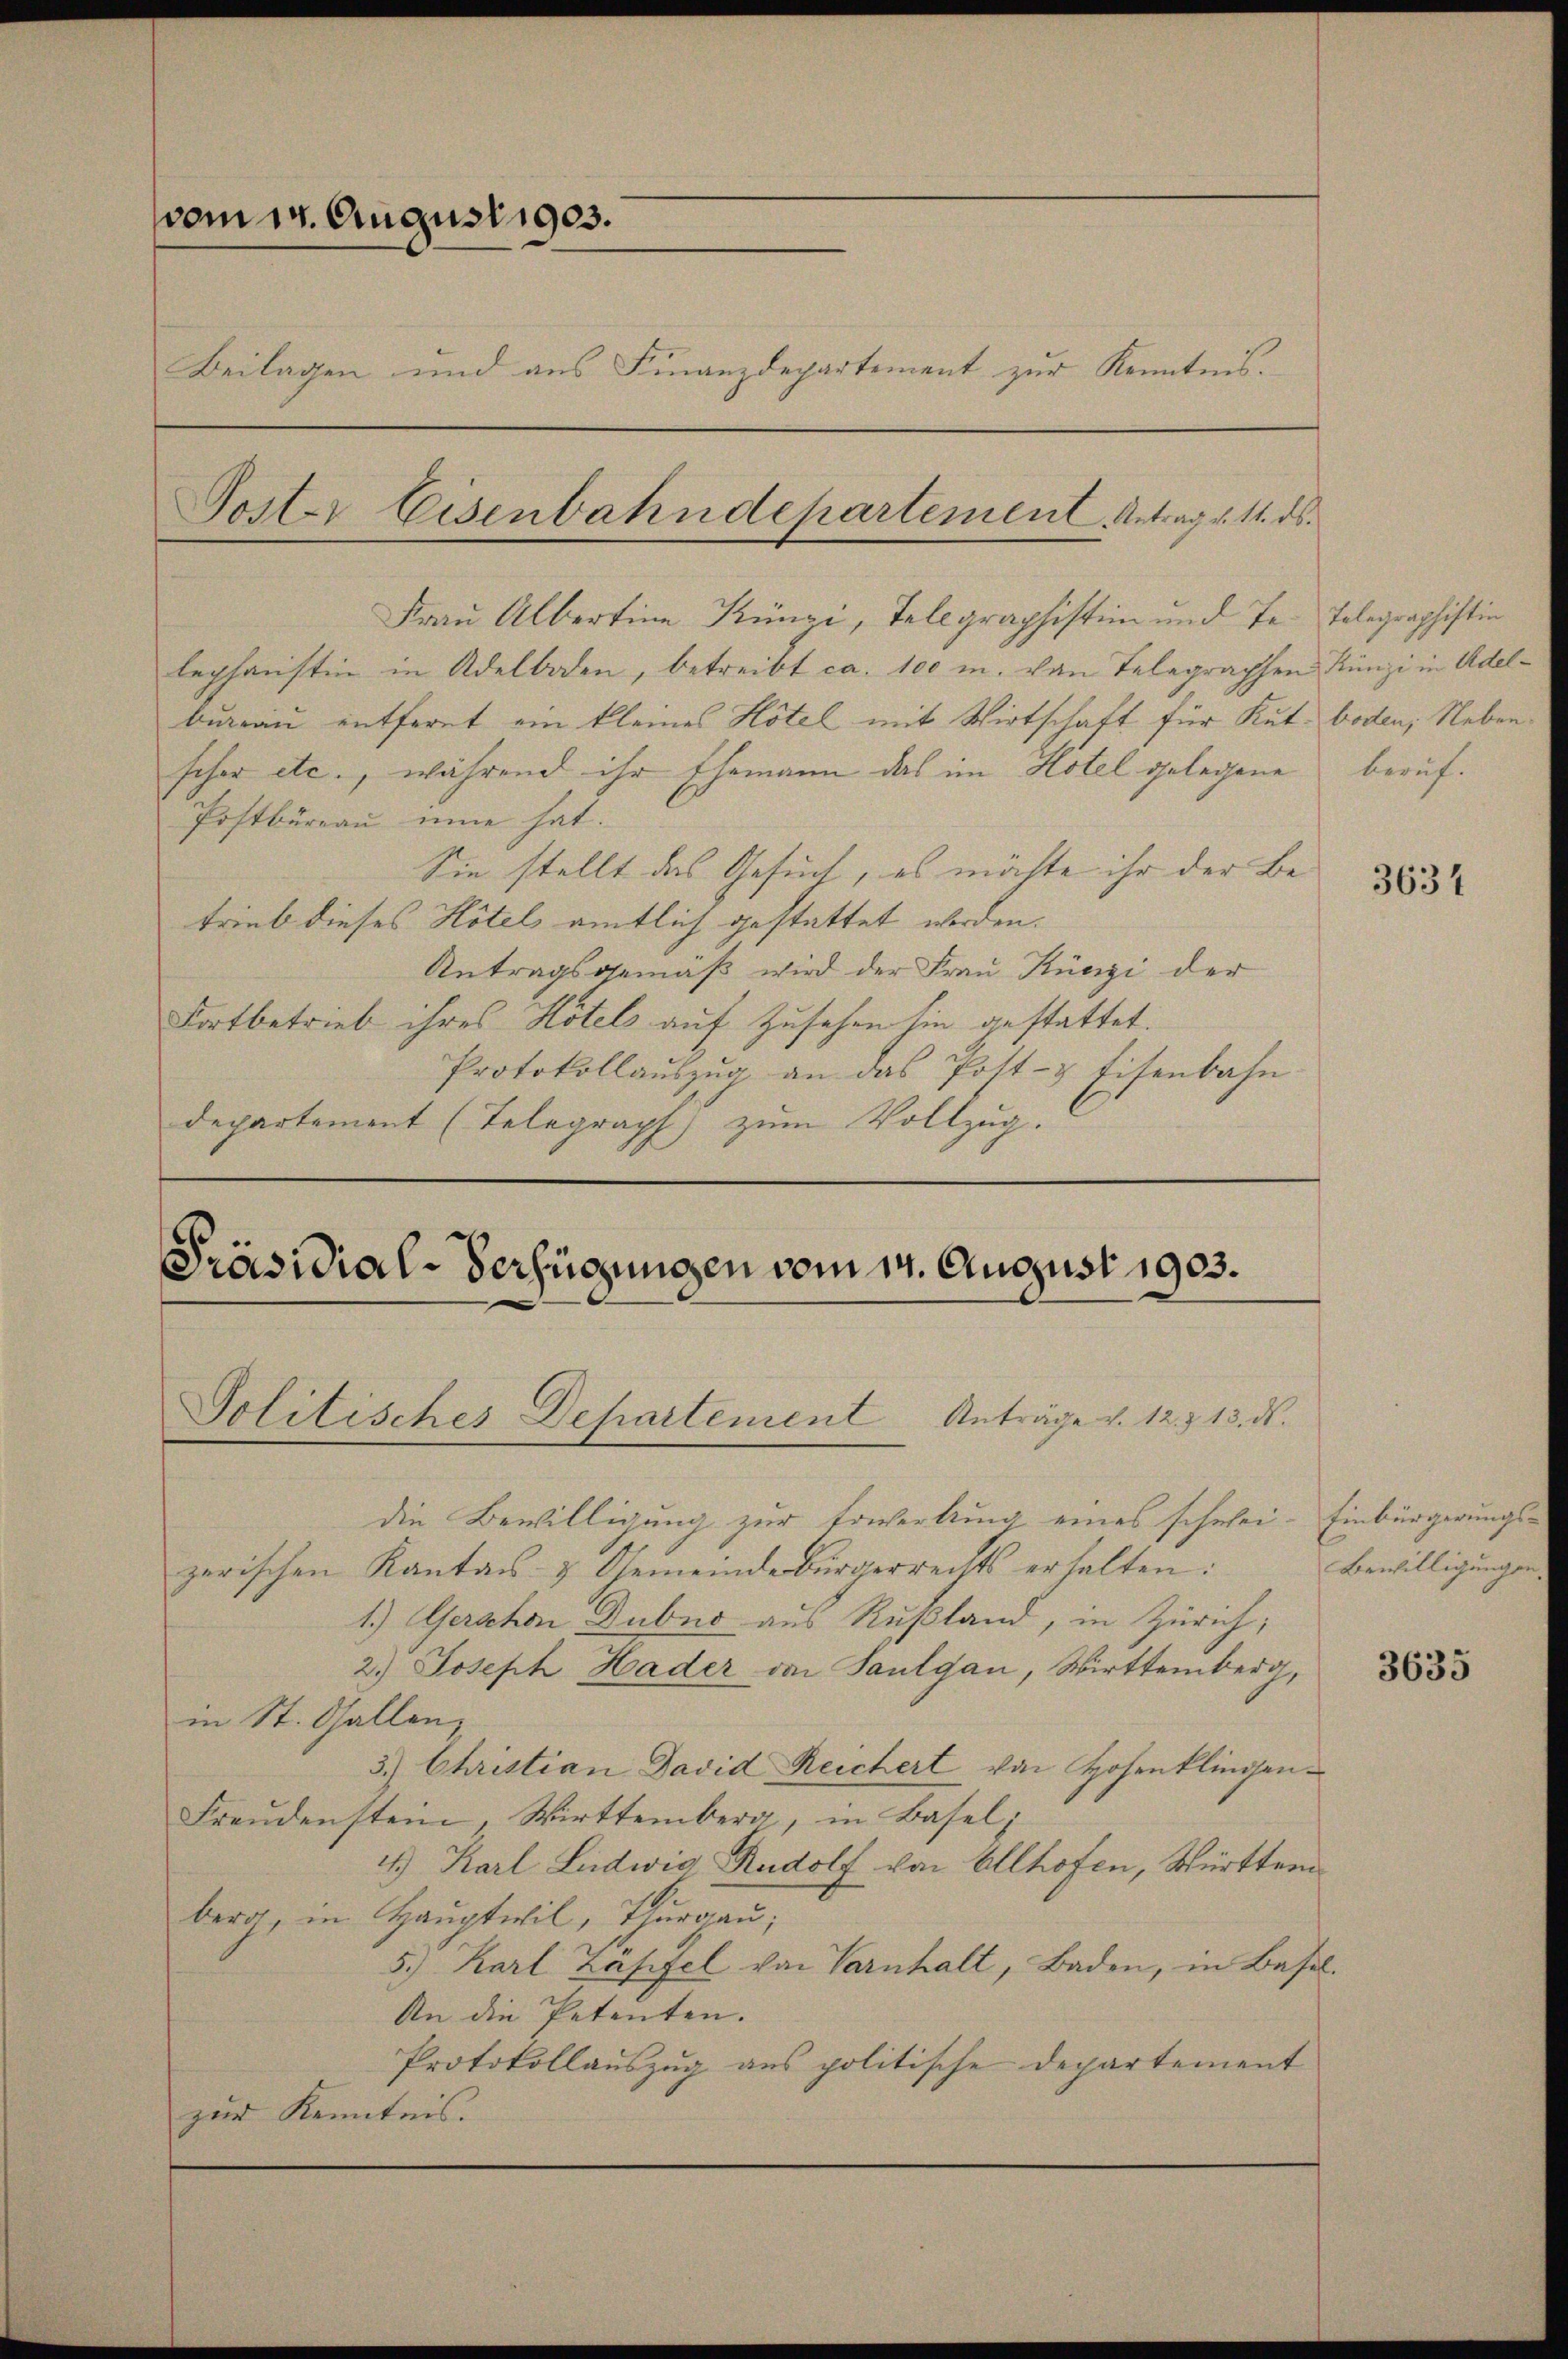
vom 14. August 1903.
Beilagen und aus Finanzdepartement zur Kenntnis.
Poster Eisenbahndepartement Antrag v. 11. ds.

Frau Albertina Künzi, Telegraphistin und Te-Telegraphistin
leghanstin in Adelboden, betreibt ca. 100 m. von Telegraphen Künzi in Adelbureau entfernt ein kleines Hotel mit Wirtschaft für Kut- boden, Nebenschor etc., während ihr Ehemann das im Hotel gelegene beruf¬
Postbüreau eine hat.
Sie stellt das Gesuch, es möchte ihr der Betrieb dieses Hotels amtlich gestattet werden.
Antragsgemäß wird der Frau Künzi der
Fortbetrieb ihres Hotel auf Zusehen hin gestattet.
Protokollaŭszŭg an das Post- & Eisenbahn
departement (Telegraph zum Vollzug.

Präsidial-Verfügungen vom 14. August 1903.
Politisches Departement Anträge v. 12. & 13. ds.

die Bewilligung zur Erwerbung eines schwei- Einbürgerungszerischen Kantons- & Gemeindebürgerrechts erhalten:
1.) Gerschon Dubno aus Rußland, in Zürich;
2.) Joseph Hader von Saulgau, Wirttemberg,
in St. Gallenz
3.) Christian David Reichert von Hosenklingen¬
Freudenstein, Wirttemberg, in Basel;
4.) Karl Ludwig Rudolf von Allhofen, Württem
berg, in Hauptwil, Thurgau;
5.) Karl Zäsifel von Varnhalt, Baden, in Basel.
An die Petenten.
Protokollauszug aus politische Departement
zur Kenntnis.

3634

Bewilligungen.

3635